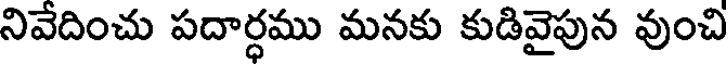
నివేదించు పదార్ధము మనకు కుడివైపున వుంచి